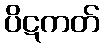
ပိဋကတ်